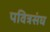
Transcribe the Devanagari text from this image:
पवित्रसंघ